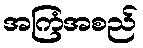
အကြံအစည်